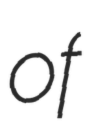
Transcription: of